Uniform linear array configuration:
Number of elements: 4
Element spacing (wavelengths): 0.5
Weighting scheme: uniform
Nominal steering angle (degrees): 60
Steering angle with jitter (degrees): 60.552
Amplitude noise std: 0.05
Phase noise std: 0.05

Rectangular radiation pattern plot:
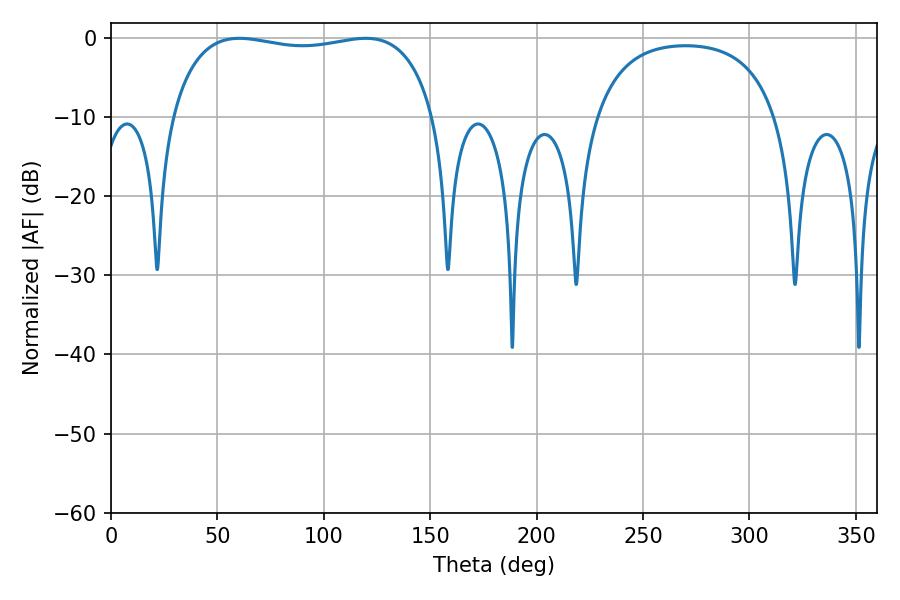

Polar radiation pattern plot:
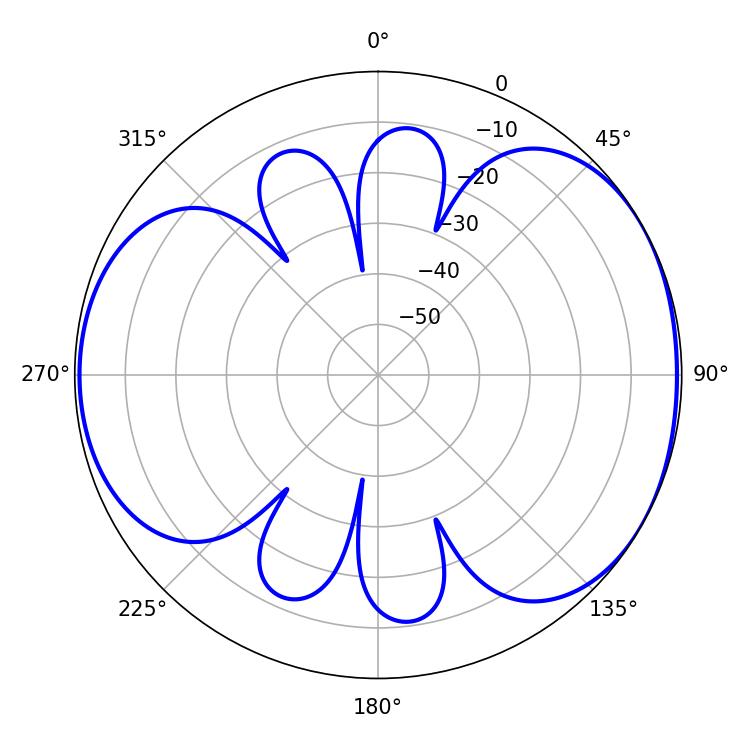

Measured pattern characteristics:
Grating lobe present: FALSE
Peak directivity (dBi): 4.917
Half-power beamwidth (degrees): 100.08
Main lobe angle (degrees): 60.3